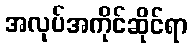
အလုပ်အကိုင်ဆိုင်ရာ